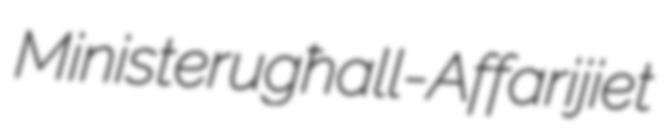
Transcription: Ministeru għall-Affarijiet